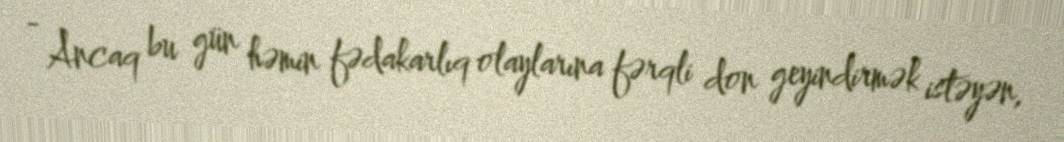
- Ancaq bu gün həmin fədakarlıq olaylarına fərqli don geyindirmək istəyən,